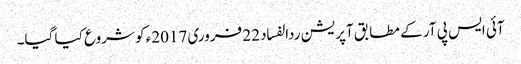
آئی ایس پی آر کے مطابق آپریشن ردالفساد 22 فروری 2017ء کو شروع کیا گیا۔